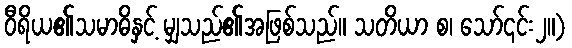
ဝီရိယ၏သမာဓိနှင့် မျှသည်၏အဖြစ်သည်။ သတိယာ စ၊ သော်၎င်း၂။)